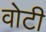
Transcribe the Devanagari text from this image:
वोटी